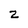
Character: 2